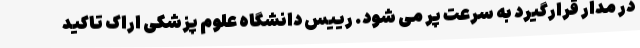
در مدار قرارگیرد به سرعت پر می شود. رییس دانشگاه علوم پزشکی اراک تاکید